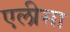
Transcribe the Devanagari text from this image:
एलीसा